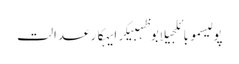
پولیسموبائلجیلابوظہبیکرایہکارعدالت